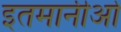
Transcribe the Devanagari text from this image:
इतमानीओं